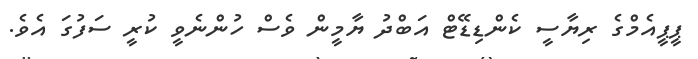
ޕީޕީއެމްގެ ރިޔާސީ ކެންޑިޑޭޓް އަބްދު ޔާމީން ވެސް ހުންނެވީ ކުރީ ސަފުގަ އެވެ.